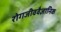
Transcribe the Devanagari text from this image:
रोगजीववैज्ञानिक